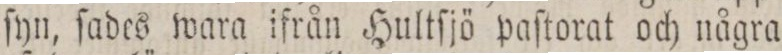
ſyn, ſades wara ifrån Hultſjö paſtorat och några